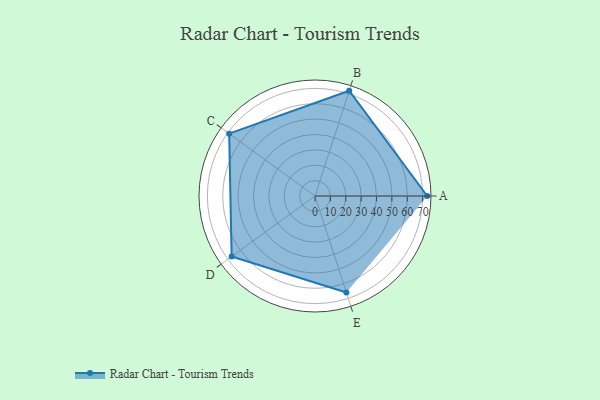
{"axis": {"x": "Skill", "y": "Score"}, "legend": ["Profile"], "data": [{"x": "A", "y": 73.0, "type": "Profile"}, {"x": "B", "y": 72.0, "type": "Profile"}, {"x": "C", "y": 69.0, "type": "Profile"}, {"x": "D", "y": 67.0, "type": "Profile"}, {"x": "E", "y": 66.0, "type": "Profile"}]}